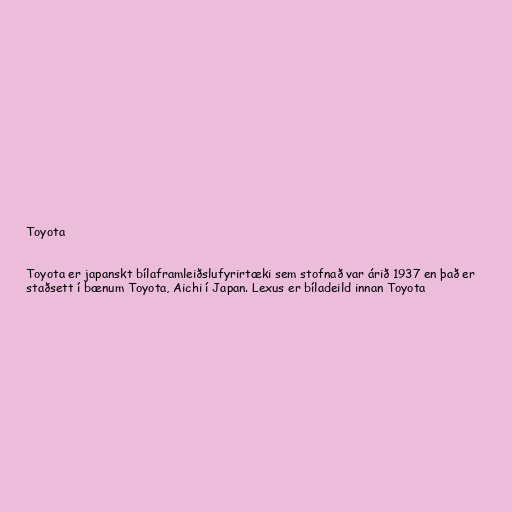
Toyota

Toyota er japanskt bílaframleiðslufyrirtæki sem stofnað var árið 1937 en það er
staðsett í bænum Toyota, Aichi í Japan. Lexus er bíladeild innan Toyota